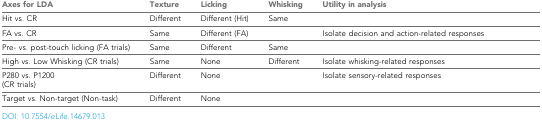
<table><thead><tr><td><b>Axes for LDA</b></td><td><b>Texture</b></td><td><b>Licking</b></td><td><b>Whisking</b></td><td><b>Utility in analysis</b></td></tr></thead><tbody><tr><td>Hit vs. CR</td><td>Different</td><td>Different (Hit)</td><td>Same</td><td>[EMPTY_CELL]</td></tr><tr><td>FA vs. CR</td><td>Same</td><td>Different (FA)</td><td>[EMPTY_CELL]</td><td>Isolate decision and action-related responses</td></tr><tr><td>Pre- vs. post-touch licking (FA trials)</td><td>Same</td><td>Different</td><td>Same</td><td>[EMPTY_CELL]</td></tr><tr><td>High vs. Low Whisking (CR trials)</td><td>Same</td><td>None</td><td>Different</td><td>Isolate whisking-related responses</td></tr><tr><td>P280 vs. P1200 (CR trials)</td><td>Different</td><td>None</td><td>[EMPTY_CELL]</td><td>Isolate sensory-related responses</td></tr><tr><td>Target vs. Non-target (Non-task)</td><td>Different</td><td>None</td><td>[EMPTY_CELL]</td><td>[EMPTY_CELL]</td></tr></tbody></table>